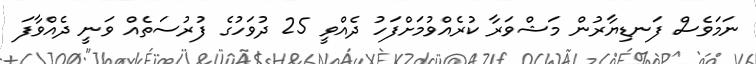
ނަމަވެސް ފަނޑިޔާރުން މަޝްވަރާ ކުރެއްވުމަށްފަހު ދެއްވީ 25 ދުވަހުގެ ފުރުސަތެއް ވަނީ ދެއްވާފަ